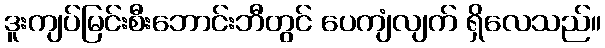
ဒူးကျပ်မြင်းစီးဘောင်းဘီတွင် ပေကျံလျက် ရှိလေသည်။